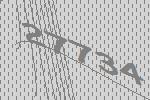
27734